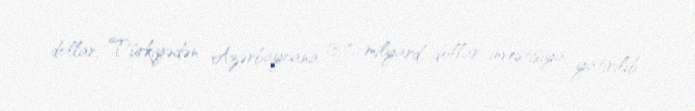
dollar, Türkiyədən Azərbaycana 13,7 milyard dollar investisiya yatırılıb.